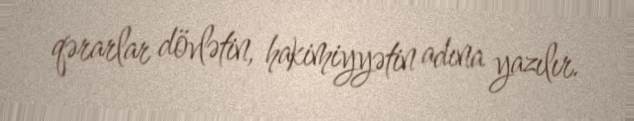
qərarlar dövlətin, hakimiyyətin adına yazılır.